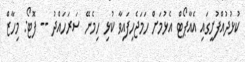
ކުޅުދުއްފުށީގައި އެއާޕޯޓް އެޅުމަށް ހަމަޖެހިފައިވާ ކުޅި ހިމެނޭ ސަރަހައްދު -- ފޮޓޯ: މިހާޒް